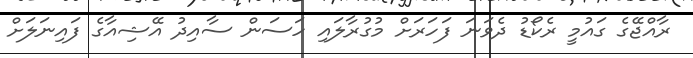
ރާއްޖޭގެ ގައުމީ ރެކޯޑު ދެވަނަ ފަހަރަށް މުގުރާލައި ހަސަން ސާއިދު އޭޝިއާގެ ފައިނަލަށް